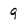
Character: 9